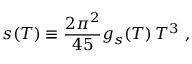
s ( T ) \equiv \frac { 2 \pi ^ { 2 } } { 4 5 } g _ { s } ( T ) \, T ^ { 3 } \ ,